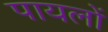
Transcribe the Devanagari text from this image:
पायलों